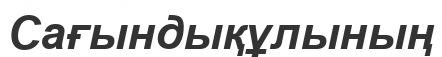
Сағындықұлының